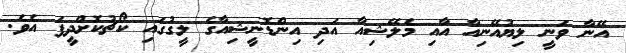
އޭނާ ވަނީ ލިޔުއޭނިއާ އާއި މެލޭޝިއާ އަދި އިންޑޮނީޝިއާގެ ލީގުގައި ކޯޗުކޮށްދީފަ އެވެ.